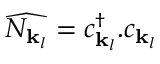
{ \widehat { N _ { { \mathbf { k } } _ { l } } } } = c _ { { \mathbf { k } } _ { l } } ^ { \dagger } . c _ { { \mathbf { k } } _ { l } }